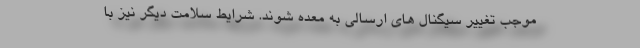
موجب تغییر سیگنال های ارسالی به معده شوند. شرایط سلامت دیگر نیز با